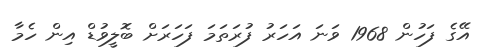
އޭގެ ފަހުން 1968 ވަނަ އަހަރު ފުރަތަމަ ފަހަރަށް ބޮލީވުޑް އިން ހެމާ